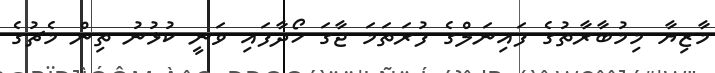
މާޒިޔާ މިމުބާރާތުގެ ފައިނަލްގެ ފުރަތަމަ ޖާގަ ހޯދާފައި ވަނީ ކުޅުނު ތިން މެޗުގެ